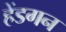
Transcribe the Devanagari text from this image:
हेंडगन